Indian journal of veterinary science and animal husbandry - Volume 10,
Year: 1940
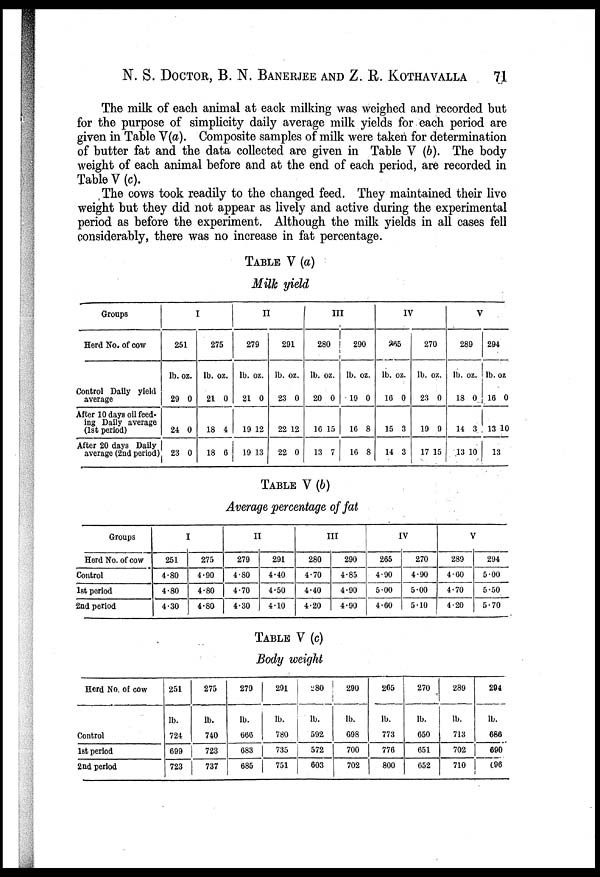
N. S. DOCTOR, B. N. BANERJEE AND Z. R. KOTHAVALLA 71
The milk of each animal at eack milking was weighed and recorded but
for the purpose of simplicity daily average milk yields for each period are
given in Table V(a). Composite samples of milk were taken for determination
of butter fat and the data collected are given in Table V (b). The body
weight of each animal before and at the end of each period, are recorded in
Table V (c).
The cows took readily to the changed feed. They maintained their live
weight but they did not appear as lively and active during the experimental
period as before the experiment. Although the milk yields in all cases fell
considerably, there was no increase in fat percentage.
TABLE V (a)
Milk yield
Groups
Herd No. of cow
Control Daily yield
average
After 10 days oil feed-
ing Daily average
(1st period)
After 20 days Daily
average (2nd period)
I
251
lb. oz.
29 0
24 0
23 0
275
lb. oz.
21 0
18 4
18 6
II
279
lb. oz.
21 0
19 12
19 13
291
lb. oz.
23 0
22 12
22 0
III
280
lb. oz.
20 0
16 15
13 7
290
lb. oz.
19 0
16 8
10 8
IV
265
lb. oz.
16 0
15 3
14 3
270
lb. oz.
23 0
19 9
17 15
V
289
lb. oz.
18 0
14 3
13 10
294
lb. oz
16 0
13 10
13
TABLE V (b)
Average percentage of fat
Groups
Herd No. of cow
Control
1st period
2nd period
I
251
4.80
4.80
4.30
275
4.90
4.80
4.80
II
279
4.80
4.70
4.30
291
4.40
4.50
4.10
III
280
4.70
4.40
4.20
290
4.85
4.90
4.90
IV
265
4.90
5.00
4.60
270
4.90
5.00
5.10
V
289
4.60
4.70
4.20
294
5.00
5.50
5.70
TABLE V (c)
Body weight
Herd No. of cow
Control
1st period
2nd period
251
lb.
724
699
723
275
lb.
740
723
737
279
lb.
666
683
685
291
lb.
780
735
751
280
lb.
592
572
603
290
lb.
698
700
702
265
lb.
773
776
800
270
lb.
650
651
652
289
lb.
713
702
710
294
lb.
686
690
696